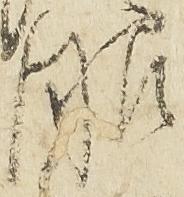
眼